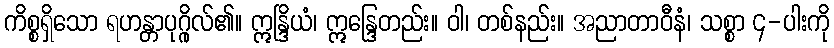
ကိစ္စရှိသော ရဟန္တာပုဂ္ဂိုလ်၏။ ဣန္ဒြိယံ၊ ဣန္ဒြေတည်း။ ဝါ၊ တစ်နည်း။ အညာတာဝီနံ၊ သစ္စာ ၄-ပါးကို